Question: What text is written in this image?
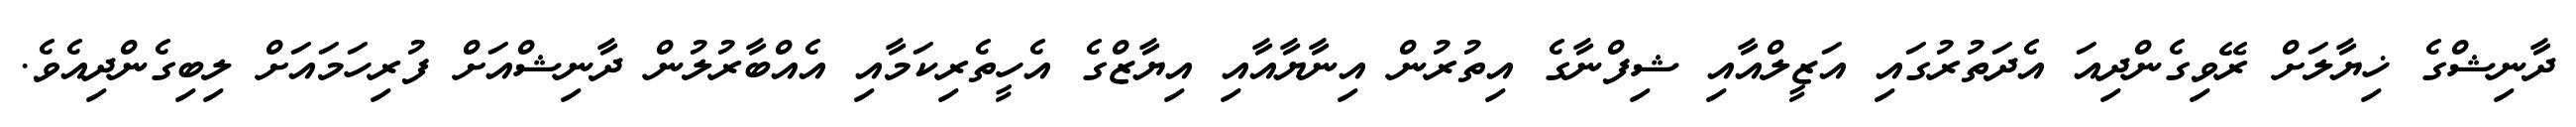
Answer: ދާނިޝްގެ ޚިޔާލަށް ރޭވިގެންދިއަ އެދަތުރުގައި އަޒީލްއާއި ޝިފްނާގެ އިތުރުން އިނާޔާއާއި އިޔާޒްގެ އެހީތެރިކަމާއި އެއްބާރުލުން ދާނިޝްއަށް ފުރިހަމައަށް ލިބިގެންދިއެވެ.